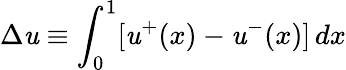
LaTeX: \Delta\mathit{u}\equiv\int_{0}^{1}\lbrack\mathit{u}^{+}(x)-\mathit{u}^{-}(x)\rbrack\, dx